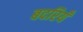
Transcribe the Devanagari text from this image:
बदरियँ